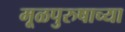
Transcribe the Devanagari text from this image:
मूळपुरुषाच्या